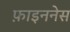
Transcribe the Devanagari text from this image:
फ़ाइननेस